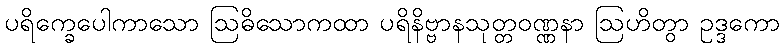
ပရိက္ခေပေါကာသော ဩဓိသောကထာ ပရိနိဗ္ဗာနသုတ္တဝဏ္ဏနာ ဩဟိတွာ ဥဒ္ဒကော